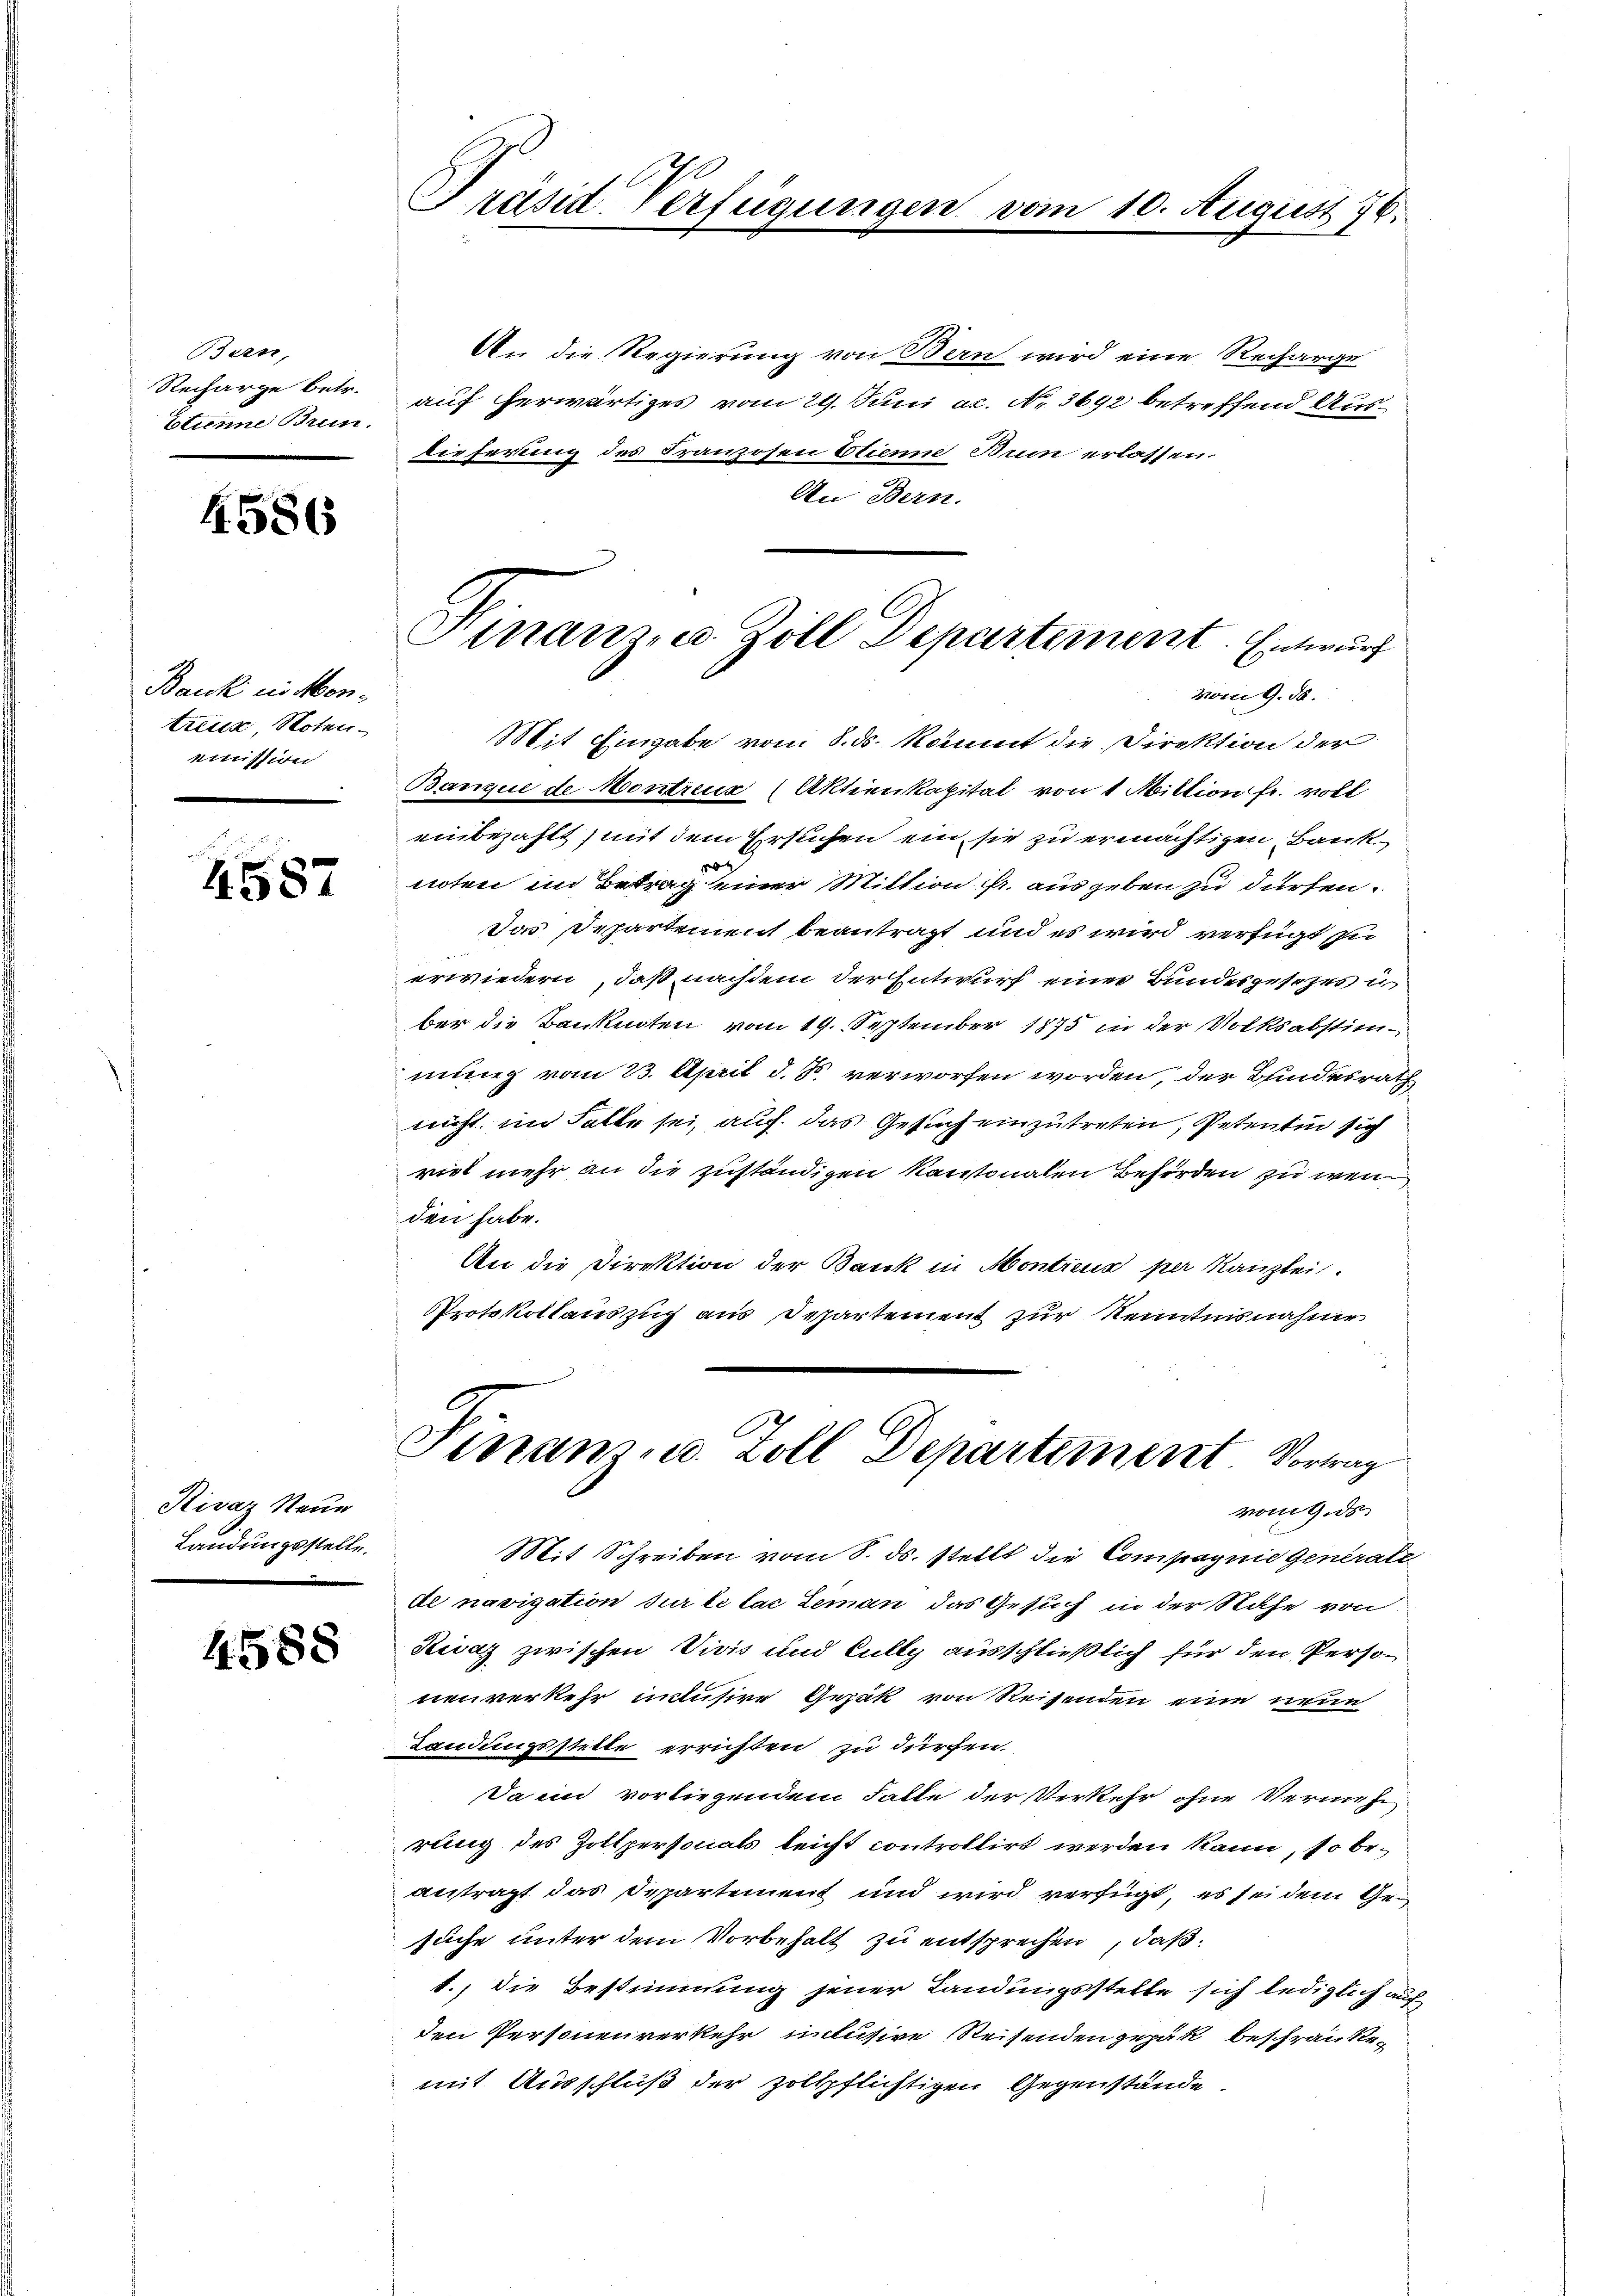
Bern,
Recharge betr.
Etunne Brun.

4.586

Bank in Montreue Noten.
eimission

4587

Rivaz Neue
Landungsstelle.

4588

Präsid Verfügungen vom 10. August 176.

An die Regierung von Bern wird eine Recharge
auf erwärtiges vom 29. Juni ac. No. 3692 betreffend Ausdieferung des Franzosen Etienne Brin erlassen.
An Bern.
Mit Eingabe vom 8. ds. kommt die Direktion der
Banque de Montreux (Aktienkapital von 1 Miktion fr. voll
einbezahlt, mit dem Ersuchen ein sie zu ermächtigen, Bank
noten im Betrag einer Miltion fr. ausgeben zu dürfen.
Das Departement beantragt und es wird verfügt sic
erwiedern, daß nachdem der Entwurf einer Bundesgesezes u
ber die Banknoten vom 19. September 1875 in der Volksabstimmung vom 23. April d. J. verworfen worden, der Bundesrath
nicht, im Falle sei, auf das Gesuch einzutreten, Petentin sich
rit mehr an die zuständigen Kantonalen Behörden zu wen
den habe.
An die Direktion der Bank in Montreus per Kanzlei.
Protokollauszug aus Departement zur Kenntnisnahme

Finanze Zoll Departement. Entwurf
vom 9. d.

Finanz u. Zoll Departement Vortrag
vom 9. ds

Mit Schreiben vom 8. ds. stellt die Compagnie Generale
de navigation sur le lac Leman das Gesuch in der Nähe von
Rivaz zwischen Vivis und Cully ausschließlich für den Personenverkehr intusire Gezak von Reisenden eine neue
Landungsstelle errichten zu dürfen.
Da in vorliegendem Falle der Verkehr ohne Vermehrung des Zottpersonals leicht controllirt werden kann, so beantragt das Departement und wird verfügt, es sei dem Gesuche unter dem Vorbehalt zu entsprechen, daß
1., die Bestimmung jener Landungsstelle sich lediglich auf
den Personenverkehr intusive Reisenden gepak beschränken
mit Ausschluß der zollpflichtigen Gegenstände